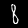
Label: 8